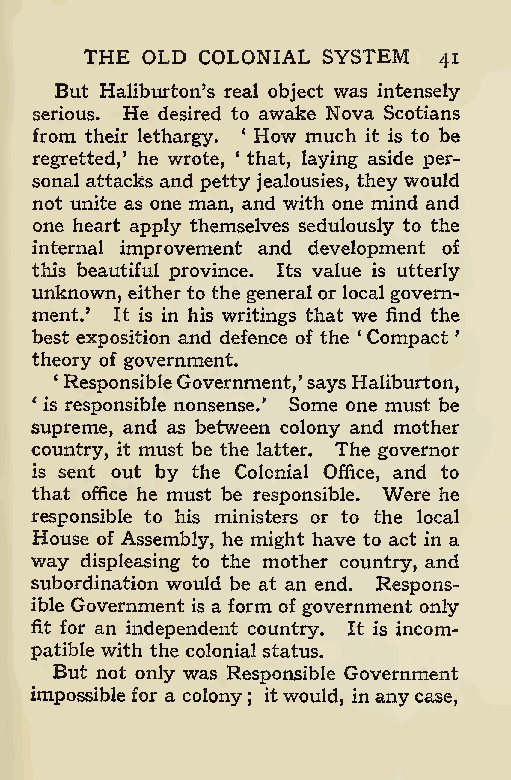
THE OLD COLONIAL SYSTEM
 41
 But Haliburton’s real object was intensely
 serious. He desired to awake Nova Scotians
 from their lethargy. * How much it is to be
 regretted,’ he wrote, * that, laying aside per-
 sonal attacks and petty jealousies, they would
 not unite as one man, and with one mind and
 one heart apply themselves sedulously to the
 internal improvement and development of
 this beautiful province. Its value is utterly
 unknown, eitherto the general or local govern-
 ment.’ It is in his writings that we find the
 best exposition and defence of the ‘ Compact ’
 theory of government.
 € ResponsibleGovernment,’saysHaliburton,
 * is responsible nonsense.’ Some one must be
 supreme, and as between colony and mother
 country, it must be the latter. The governor
 is sent out by the Colonial Office, and to
 that office he must be responsible. Were he
 responsible to his ministers or to the local
 House of Assembly, he might have to act in a
 way displeasing to the mother country, and
 subordination would be at an end. Respons-
 ible Government is a form of government only
 fit for an independent country. It is incom-
 patible with the colonial status.
 But not only was Responsible Government
 impossible for a colony itwould, inanycase,
 ;